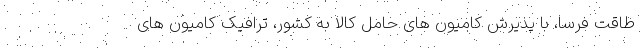
طاقت فرسا، با پذیرش کامیون های حامل کالا به کشور، ترافیک کامیون های